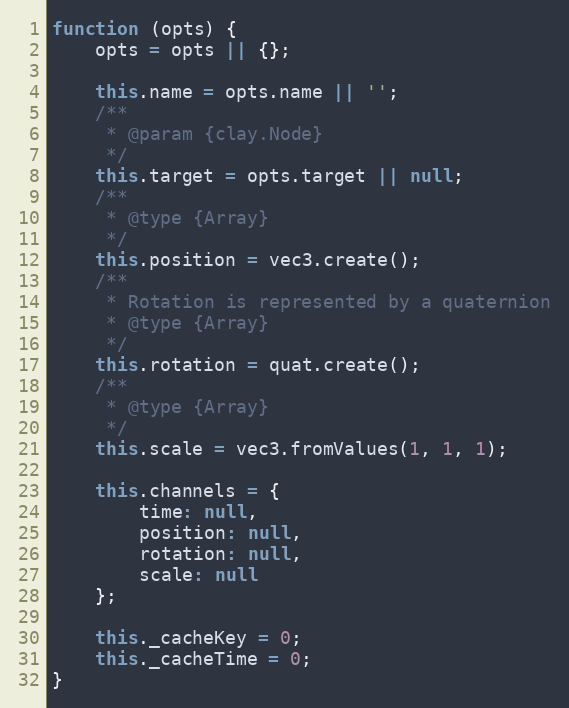
Language: JavaScript
function (opts) {
    opts = opts || {};

    this.name = opts.name || '';
    /**
     * @param {clay.Node}
     */
    this.target = opts.target || null;
    /**
     * @type {Array}
     */
    this.position = vec3.create();
    /**
     * Rotation is represented by a quaternion
     * @type {Array}
     */
    this.rotation = quat.create();
    /**
     * @type {Array}
     */
    this.scale = vec3.fromValues(1, 1, 1);

    this.channels = {
        time: null,
        position: null,
        rotation: null,
        scale: null
    };

    this._cacheKey = 0;
    this._cacheTime = 0;
}